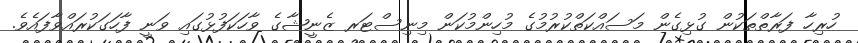
ހުރިހާ ފަރާތްތަކުން ގުޅިގެން މަސައްކަތްކުރުމުގެ މުހިންމުކަން މިނިސްޓަރ ޒެނީޝާގެ ވާހަކަފުޅުގައި ވަނީ ފާހަގަކުރައްވާފައެވެ.